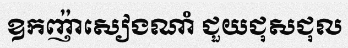
ឧកញ៉ាសៀងណាំ ជួយជុសជុល